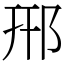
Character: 郉